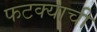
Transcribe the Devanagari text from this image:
फटक्याची